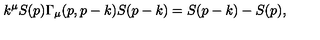
k ^ { \mu } S ( p ) \Gamma _ { \mu } ( p , p - k ) S ( p - k ) = S ( p - k ) - S ( p ) ,